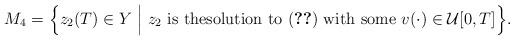
LaTeX: \begin{align*}M_4=\Big\{ z_2(T)\in Y\ \Big|\ z_2\mbox{ is thesolution to } (\ref{621})\mbox{ with some }v(\cdot)\in\mathcal{U}[0, T] \Big\}.\end{align*}